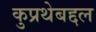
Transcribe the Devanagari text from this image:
कुप्रथेबद्दल